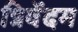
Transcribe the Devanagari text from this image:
त्रिवेंदम